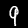
Digit: 9